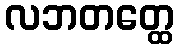
လဘတတ္ထေ